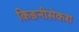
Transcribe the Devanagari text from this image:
किङनीसेकश